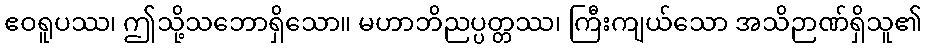
ဧဝရူပဿ၊ ဤသို့သဘောရှိသော။ မဟာဘိညပ္ပတ္တဿ၊ ကြီးကျယ်သော အသိဉာဏ်ရှိသူ၏